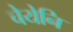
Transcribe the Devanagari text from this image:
चेयेनि